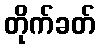
တိုက်ခတ်